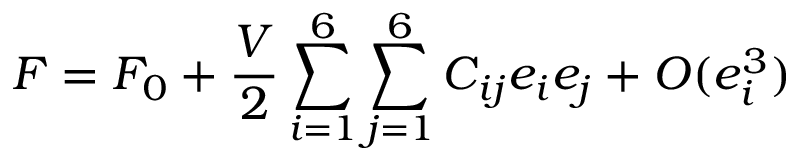
F = F _ { 0 } + \frac { V } { 2 } \sum _ { i = 1 } ^ { 6 } \sum _ { j = 1 } ^ { 6 } C _ { i j } e _ { i } e _ { j } + O ( e _ { i } ^ { 3 } )